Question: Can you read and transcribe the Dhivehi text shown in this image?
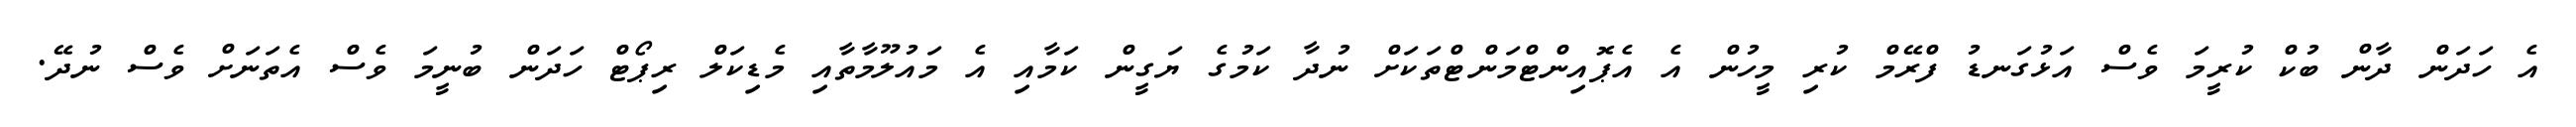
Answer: އެ ހަދަން ދާން ބުކް ކުރީމަ ވެސް އަޅުގަނޑު ފްރޭމް ކުރި މީހުން އެ އެޕޮއިންޓްމަންޓްތަކަށް ނުދާ ކަމުގެ ޔަގީން ކަމާއި އެ މައުލޫމާތާއި މެޑިކަލް ރިޕޯޓް ހަދަން ބުނީމަ ވެސް އެތަނަށް ވެސް ނުދޭ.